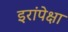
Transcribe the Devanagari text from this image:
इरांपेक्षा